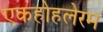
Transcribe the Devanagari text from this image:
एकहोहलेरम